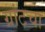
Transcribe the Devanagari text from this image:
ग्रांटचा